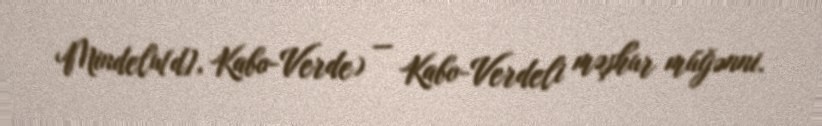
Mindelu[d], Kabo-Verde) — Kabo-Verdeli məşhur müğənni.